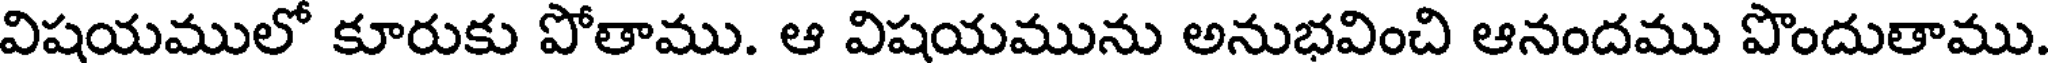
విషయములో కూరుకు పోతాము. ఆ విషయమును అనుభవించి ఆనందము పొందుతాము.